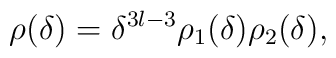
\rho(\delta)=\delta^{3l-3}\rho_1(\delta)\rho_2(\delta),